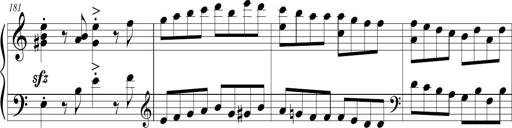
Title: Sonatina (Piano Sonata No.9)
Composer: Richard St. Clair